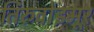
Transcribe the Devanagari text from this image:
तिरुवोइमूर